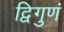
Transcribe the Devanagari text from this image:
द्विगुणं